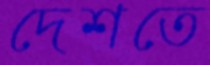
দেশতে